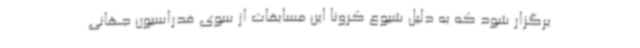
برگزار شود که به دلیل شیوع کرونا این مسابقات از سوی فدراسیون جهانی